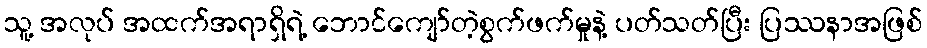
သူ့ အလုပ် အထက်အရာရှိရဲ့ ဘောင်ကျော်တဲ့စွက်ဖက်မှုနဲ့ ပတ်သတ်ပြီး ပြဿနာအဖြစ်